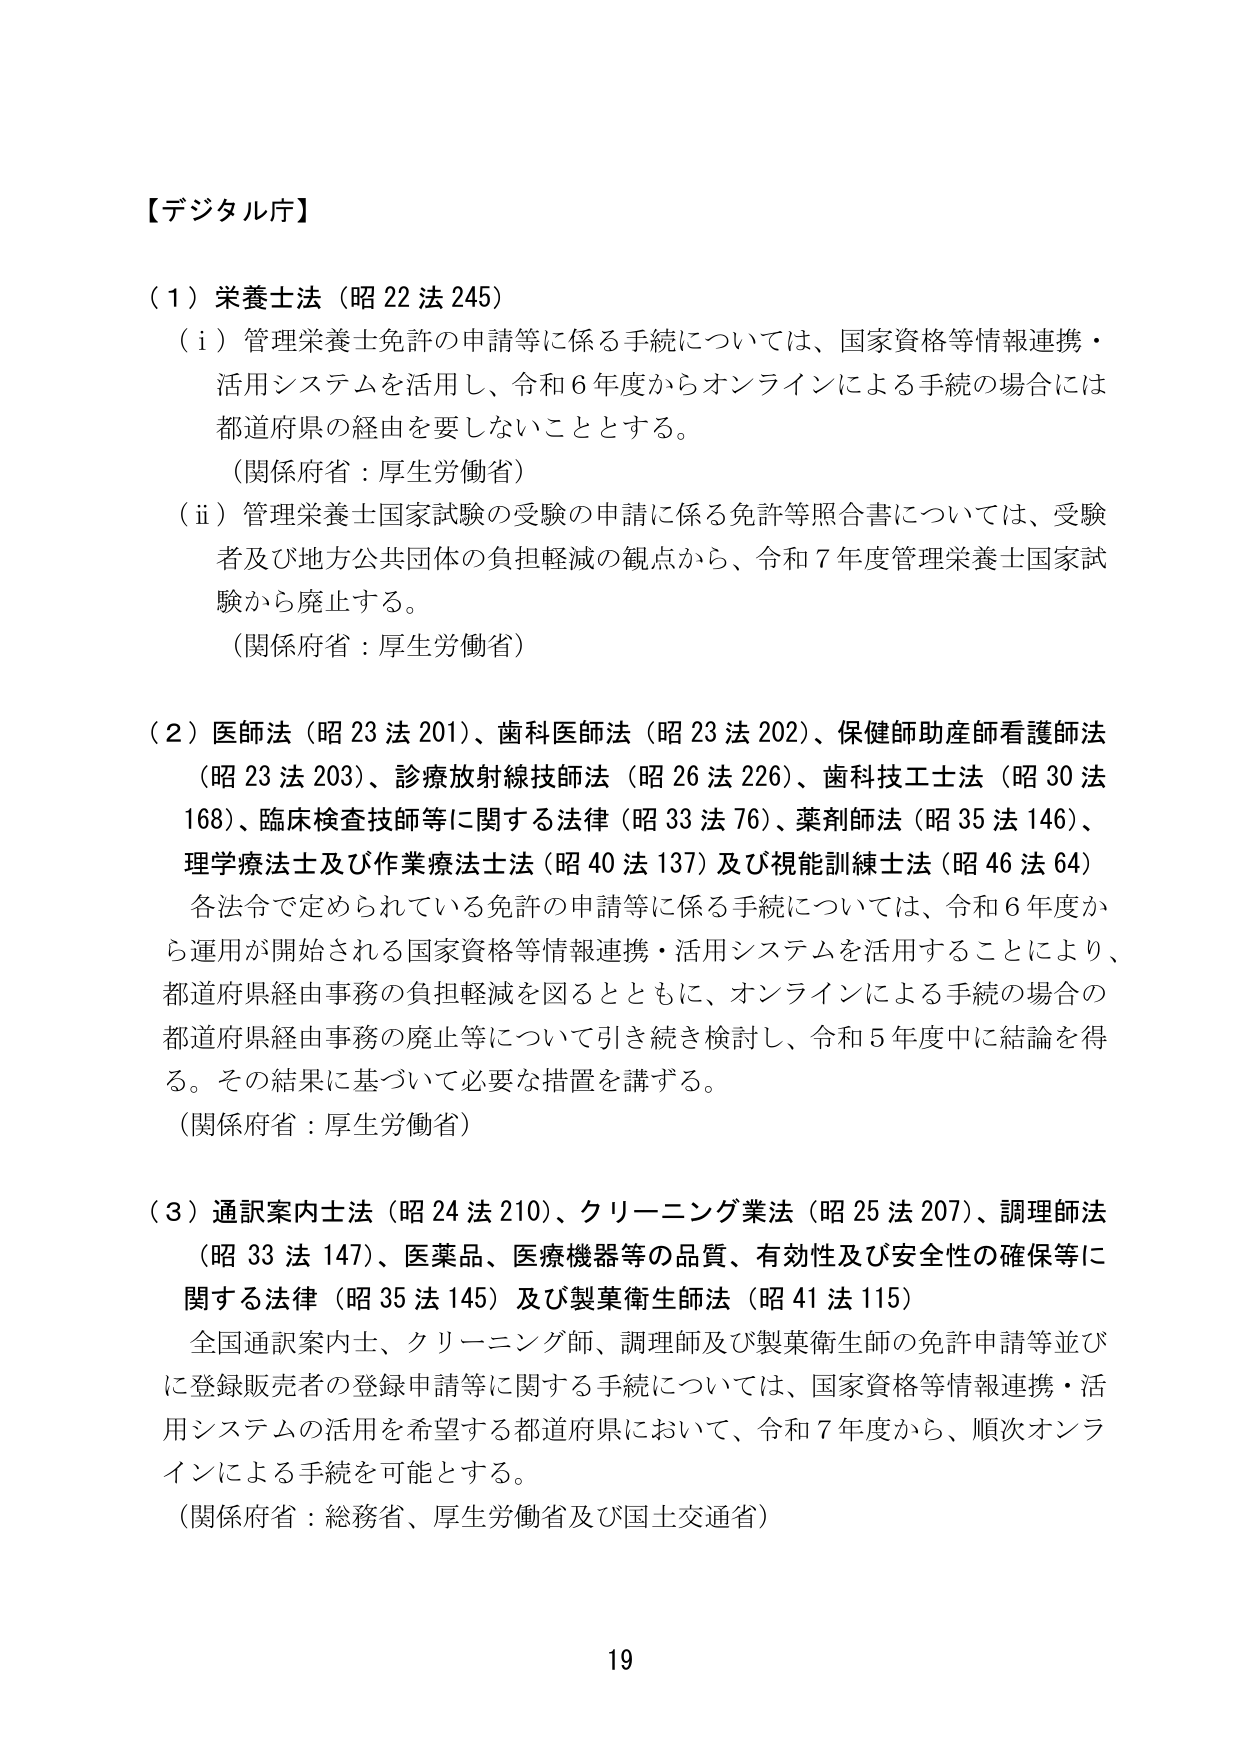
【デジタル庁】

（１）栄養士法（昭22法245）
（i）管理栄養士免許の申請等に係る手続については、国家資格等情報連携・
活用システムを活用し、令和6年度からオンラインによる手続の場合には
都道府県の経由を要しないこととする。
（関係府省：厚生労働省）
（ii）管理栄養士国家試験の受験の申請に係る免許等照合書については、受験
者及び地方公共団体の負担軽減の観点から、令和7年度管理栄養士国家試
験から廃止する。
（関係府省：厚生労働省）

（２）医師法（昭23法201）、歯科医師法（昭23法202）、保健師助産師看護師法
（昭23法203）、診療放射線技師法（昭26法226）、歯科技工士法（昭30法
168）、臨床検査技師等に関する法律（昭33法76）、薬剤師法（昭35法146）、
理学療法士及び作業療法士法（昭40法137）及び視能訓練士法（昭46法64）
各法令で定められている免許の申請等に係る手続については、令和6年度か
ら運用が開始される国家資格等情報連携・活用システムを活用することにより、
都道府県経由事務の負担軽減を図るとともに、オンラインによる手続の場合の
都道府県経由事務の廃止等について引き続き検討し、令和5年度中に結論を得
る。その結果に基づいて必要な措置を講ずる。
（関係府省：厚生労働省）

（３）通訳案内士法（昭24法210）、クリーニング業法（昭25法207）、調理師法
（昭33法147）、医薬品、医療機器等の品質、有効性及び安全性の確保等に
関する法律（昭35法145）及び製菓衛生師法（昭41法115）
全国通訳案内士、クリーニング師、調理師及び製菓衛生師の免許申請等並び
に登録販売者の登録申請等に関する手続については、国家資格等情報連携・活
用システムの活用を希望する都道府県において、令和7年度から、順次オンラ
インによる手続を可能とする。
（関係府省：総務省、厚生労働省及び国土交通省）

19